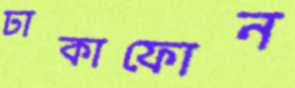
ঢাকাফোন